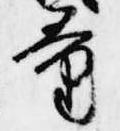
量